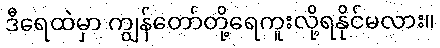
ဒီရေထဲမှာ ကျွန်တော်တို့ရေကူးလို့ရနိုင်မလား။